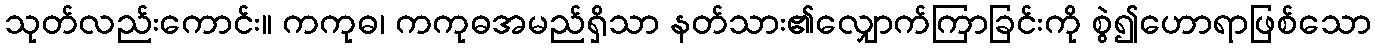
သုတ်လည်းကောင်း။ ကကုဓ၊ ကကုဓအမည်ရှိသာ နတ်သား၏လျှောက်ကြာခြင်းကို စွဲ၍ဟောရာဖြစ်သော